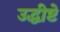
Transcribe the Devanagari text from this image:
उद्धीष्टे